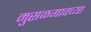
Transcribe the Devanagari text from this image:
मुसळगावच्या